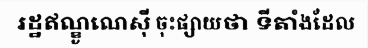
រដ្ឋឥណ្ឌូណេស៊ី ចុះផ្សាយថា ទីតាំងដែល